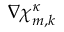
\nabla { \boldsymbol { \chi } } _ { m , k } ^ { \kappa }